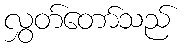
လွှတ်တော်သည်